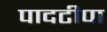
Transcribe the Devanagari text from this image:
पादटीपा